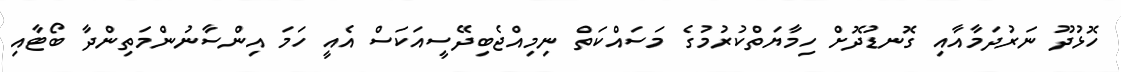
ހޮޅުދޫ ނަރުދަމާއާއި ގޮނޑުދޮށް ހިމާޔަތްކުރުމުގެ މަސައްކަތް ނިމިއްޖެބިދޭސީއަކަސް އެއީ ހަމަ އިންސާނުންމަތިންދާ ބޯޓާއި